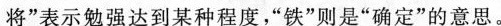
将”表示勉强达到某种程度，“铁”则是“确定”的意思。